Cholera in India, 1862 to 1881
Year: 1862
Disease focus: Cholera
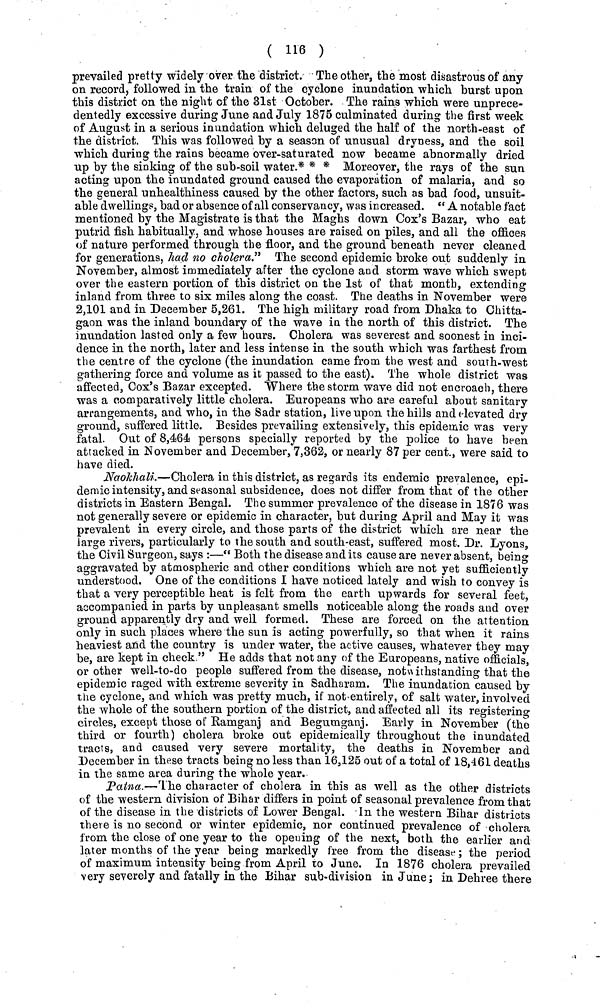
( 116 )
prevailed pretty widely over the district. The other, the most disastrous of any
on record, followed in the train of the cyclone inundation which hurst upon
this district on the night of the 31st October. The rains which were unprece-
dentedly excessive during June and July 1876 culminated during the first week
of August in a serious inundation which deluged the half of the north-east of
the district. This was followed by a season of unusual dryness, and the soil
which during the rains became over-saturated now became abnormally dried
up by the sinking of the sub-soil water.* * * Moreover, the rays of the sun
acting upon the inundated ground caused the evaporation of malaria, and so
the general unhealthiness caused by the other factors, such as bad food, unsuit-
able dwellings, bad or absence of all conservancy, was increased. " A notable fact
mentioned by the Magistrate is that the Maghs down Cox's Bazar, who eat
putrid fish habitually, and whose houses are raised on piles, and all the offices
of nature performed through the floor, and the ground beneath never cleaned
for generations, had no cholera." The second epidemic broke out suddenly in
November, almost immediately after the cyclone and storm wave which swept
over the eastern portion of this district on the 1st of that month, extending
inland from three to six miles along the coast. The deaths in November were
2,101 and in December 5,261. The high military road from Dhaka to Chitta-
gaon was the inland boundary of the wave in the north of this district. The
inundation lasted only a few hours. Cholera was severest and soonest in inci-
dence in the north, later and less intense in the south which was farthest from
the centre of the cyclone (the inundation came from the west and south-west
gathering force and volume as it passed to the east). The whole district was
affected, Cox's Bazar excepted. Where the storm wave did not encroach, there
was a comparatively little cholera. Europeans who are careful about sanitary
arrangements, and who, in the Sadr station, live upon the hills and elevated dry
ground, suffered little. Besides prevailing extensively, this epidemic was very
fatal. Out of 8,464 persons specially reported by the police to have been
attacked in November and December, 7,362, or nearly 87 per cent., were said to
have died.
Naokhali.—Cholera in this district, as regards its endemic prevalence, epi-
demic intensity, and seasonal subsidence, does not differ from that of the other
districts in Eastern Bengal. The summer prevalence of the disease in 1876 was
not generally severe or epidemic in character, but during April and May it was
prevalent in every circle, and those parts of the district which are near the
large rivers, particularly to the south and south-east, suffered most. Dr. Lyons,
the Civil Surgeon, says :—" Both the disease and its cause are never absent, being
aggravated by atmospheric and other conditions which are not yet sufficiently
understood. One of the conditions I have noticed lately and wish to convey is
that a very perceptible heat is felt from the earth upwards for several feet,
accompanied in parts by unpleasant smells noticeable along the roads and over
ground apparently dry and well formed. These are forced on the attention
only in such places where the sun is acting powerfully, so that when it rains
heaviest and the country is under water, the active causes, whatever they may
be, are kept in check." He adds that not any of the Europeans, native officials,
or other well-to-do people suffered from the disease, notwithstanding that the
epidemic raged with extreme severity in Sadharam. The inundation caused by
the cyclone, and which was pretty much, if not-entirely, of salt water, involved
the whole of the southern portion of the district, and affected all its registering
circles, except those of Ramganj and Begumganj. Early in November (the
third or fourth) cholera broke out epidemically throughout the inundated
tracts, and caused very severe mortality, the deaths in November and
December in these tracts being no less than 16,125 out of a total of 18,461 deaths
in the same area during the whole year.
Patna.—The character of cholera in this as well as the other districts
of the western division of Bihar differs in point of seasonal prevalence from that
of the disease in the districts of Lower Bengal. In the western Bihar districts
there is no second or winter epidemic, nor continued prevalence of cholera
from the close of one year to the opening of the next, both the earlier and
later months of the year being markedly free from the disease; the period
of maximum intensity being from April to June. In 1876 cholera prevailed
very severely and fatally in the Bihar sub-division in June; in Dehree there